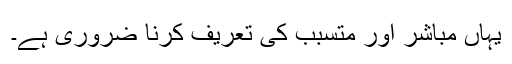
یہاں مباشر اور متسبب کی تعریف کرنا ضروری ہے۔